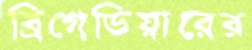
ব্রিগেডিয়ারের